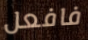
فافعل